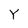
Character: Y